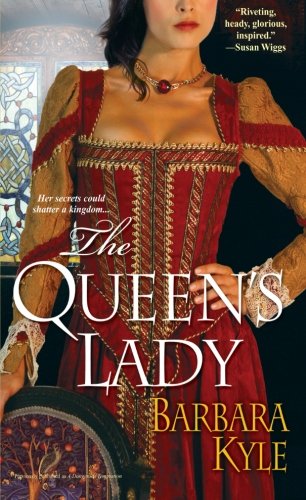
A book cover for The Queen's Lady; Barbara Kyle; Literature & Fiction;